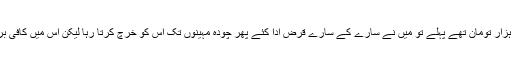
جب اسے کھولا تو اس میں چار ہزار تومان تھے پہلے تو میں نے سارے کے سارے قرض ادا کئے پھر چودہ مہینوں تک اس کو خرچ کرتا رہا لیکن اس میں کافی برکت تھی ، ختم ہی نہیں ہوتا تھا ۔